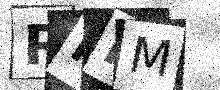
Text: RIKM